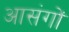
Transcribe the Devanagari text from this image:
आसंगों